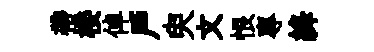
帶楼倬戶臾文恨專絳